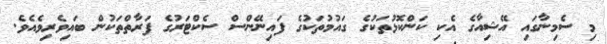
މި ސެމިނާގައި އޭޝިއާގެ އެކި ކަންކޮޅުތަކުގެ ގައުމުތަކުގެ ފައިނޭންސް ސެކްޓަރުގެ ފަރާތްތަކުން ބައިވެރިވެއެވެ.